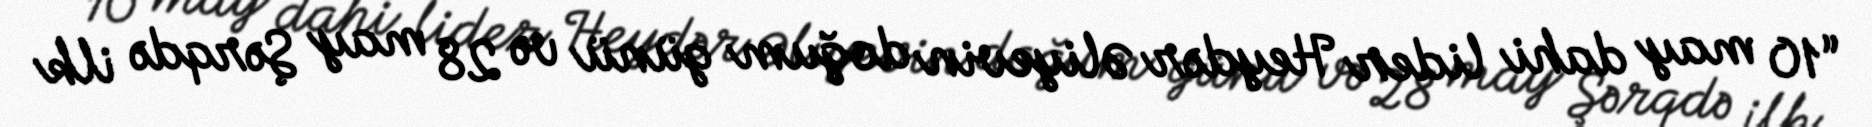
“10 may dahi lider Heydər Əliyevin doğum günü və 28 may Şərqdə ilk